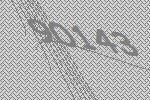
90143